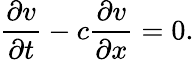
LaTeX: {\frac{\partial v}{\partial t}}-c{\frac{\partial v}{\partial x}}=0.